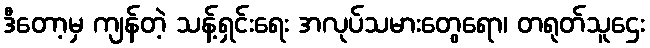
ဒီတော့မှ ကျန်တဲ့ သန့်ရှင်းရေး အလုပ်သမားတွေရော၊ တရုတ်သူဌေး